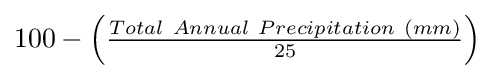
{\textstyle 100-\left({\frac {Total\ Annual\ Precipitation\ (mm)}{25}}\right)}